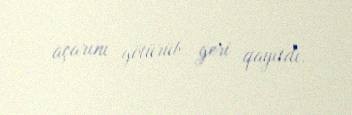
açarını götürüb geri qayıtdı.